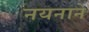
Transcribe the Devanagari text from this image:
नयनाने